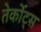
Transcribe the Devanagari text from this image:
तेर्कोट्स